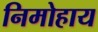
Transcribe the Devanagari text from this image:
निमोहाय